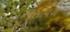
અસાવળ